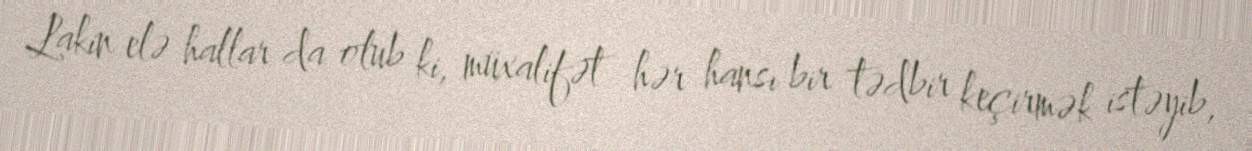
Lakin elə hallar da olub ki, müxalifət hər hansı bir tədbir keçirmək istəyib,